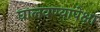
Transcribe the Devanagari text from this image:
घालवण्यापेक्षा